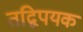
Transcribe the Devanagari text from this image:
तद्विपयक